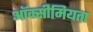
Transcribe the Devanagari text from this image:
ऑक्सीमियता